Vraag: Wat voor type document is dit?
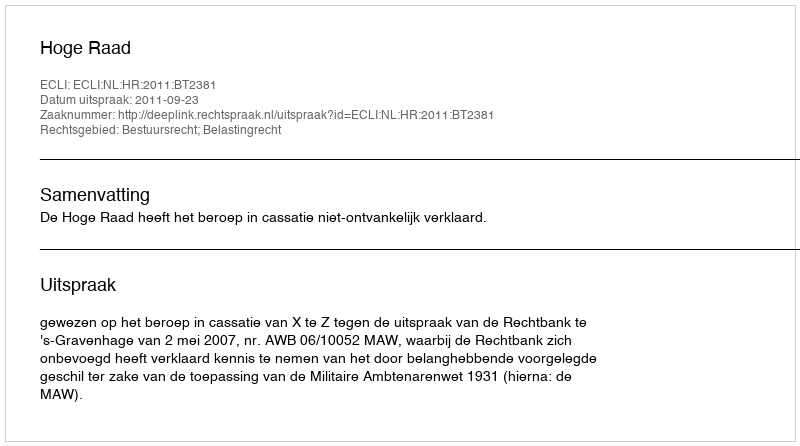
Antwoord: Uitspraak